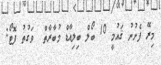
މިރޭ ފެށުނު ޤައުމީ 10 ބޯލް ބިލިއާޑް މުބާރާތް  ވަގުތު ފޮޓޯ: